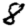
Digit: 8